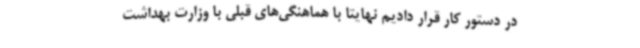
در دستور کار قرار دادیم نهایتاً با هماهنگی‌های قبلی با وزارت بهداشت